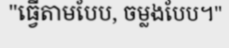
"ធ្វើតាមបែប, ចម្លងបែប។"